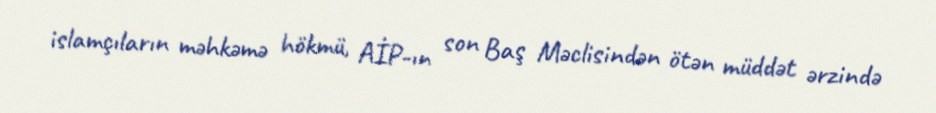
islamçıların məhkəmə hökmü, AİP-ın son Baş Məclisindən ötən müddət ərzində